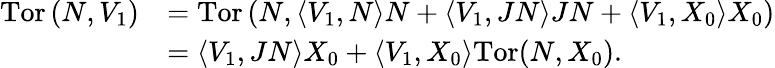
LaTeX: \begin{array}{rl}{\mathrm{Tor}\left(N,V_{1}\right)}&{=\mathrm{Tor}\left(N,\langle V_{1},N\rangle N+\langle V_{1},JN\rangle JN+\langle V_{1},X_{0}\rangle X_{0}\right)}\\ &{=\langle V_{1},JN\rangle X_{0}+\langle V_{1},X_{0}\rangle\mathrm{Tor}(N,X_{0}).}\end{array}